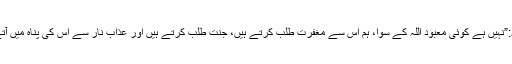
ترجمہ:”نہیں ہے کوئی معبود اللہ کے سوا، ہم اس سے مغفرت طلب کرتے ہیں، جنت طلب کرتے ہیں اور عذاب نار سے اس کی پناہ میں آتے ہیں۔